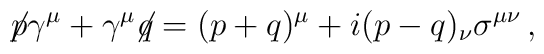
\not{\!p }\gamma^\mu+\gamma^\mu\!\!\not{\! q }=(p+q)^\mu+i(p-q)_\nu\sigma^{\mu\nu}\,,